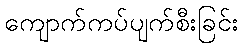
ကျောက်ကပ်ပျက်စီးခြင်း